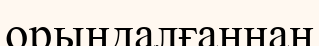
орындалғаннан